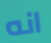
انه